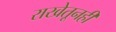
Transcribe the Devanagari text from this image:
राखेतूनही